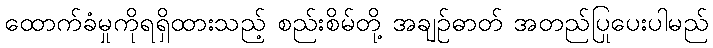
ထောက်ခံမှုကိုရရှိထားသည့် စည်းစိမ်တို့ အချဉ်ဓာတ် အတည်ပြုပေးပါမည်